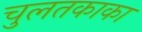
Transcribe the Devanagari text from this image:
चुलतकाका